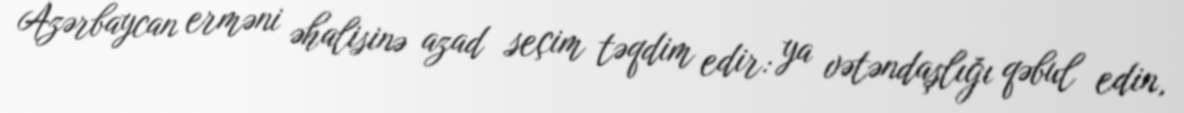
Azərbaycan erməni əhalisinə azad seçim təqdim edir: ya vətəndaşlığı qəbul edin,